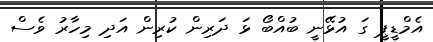
އެމްޑީޕީ ގަ އުޅޭނީ ބުއްބޯ ޅަ ދަރިން ކުރިން އަދި މިހާރު ވެސް